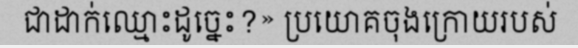
ជាដាក់ឈ្មោះដូច្នេះ?» ប្រយោគចុងក្រោយរបស់